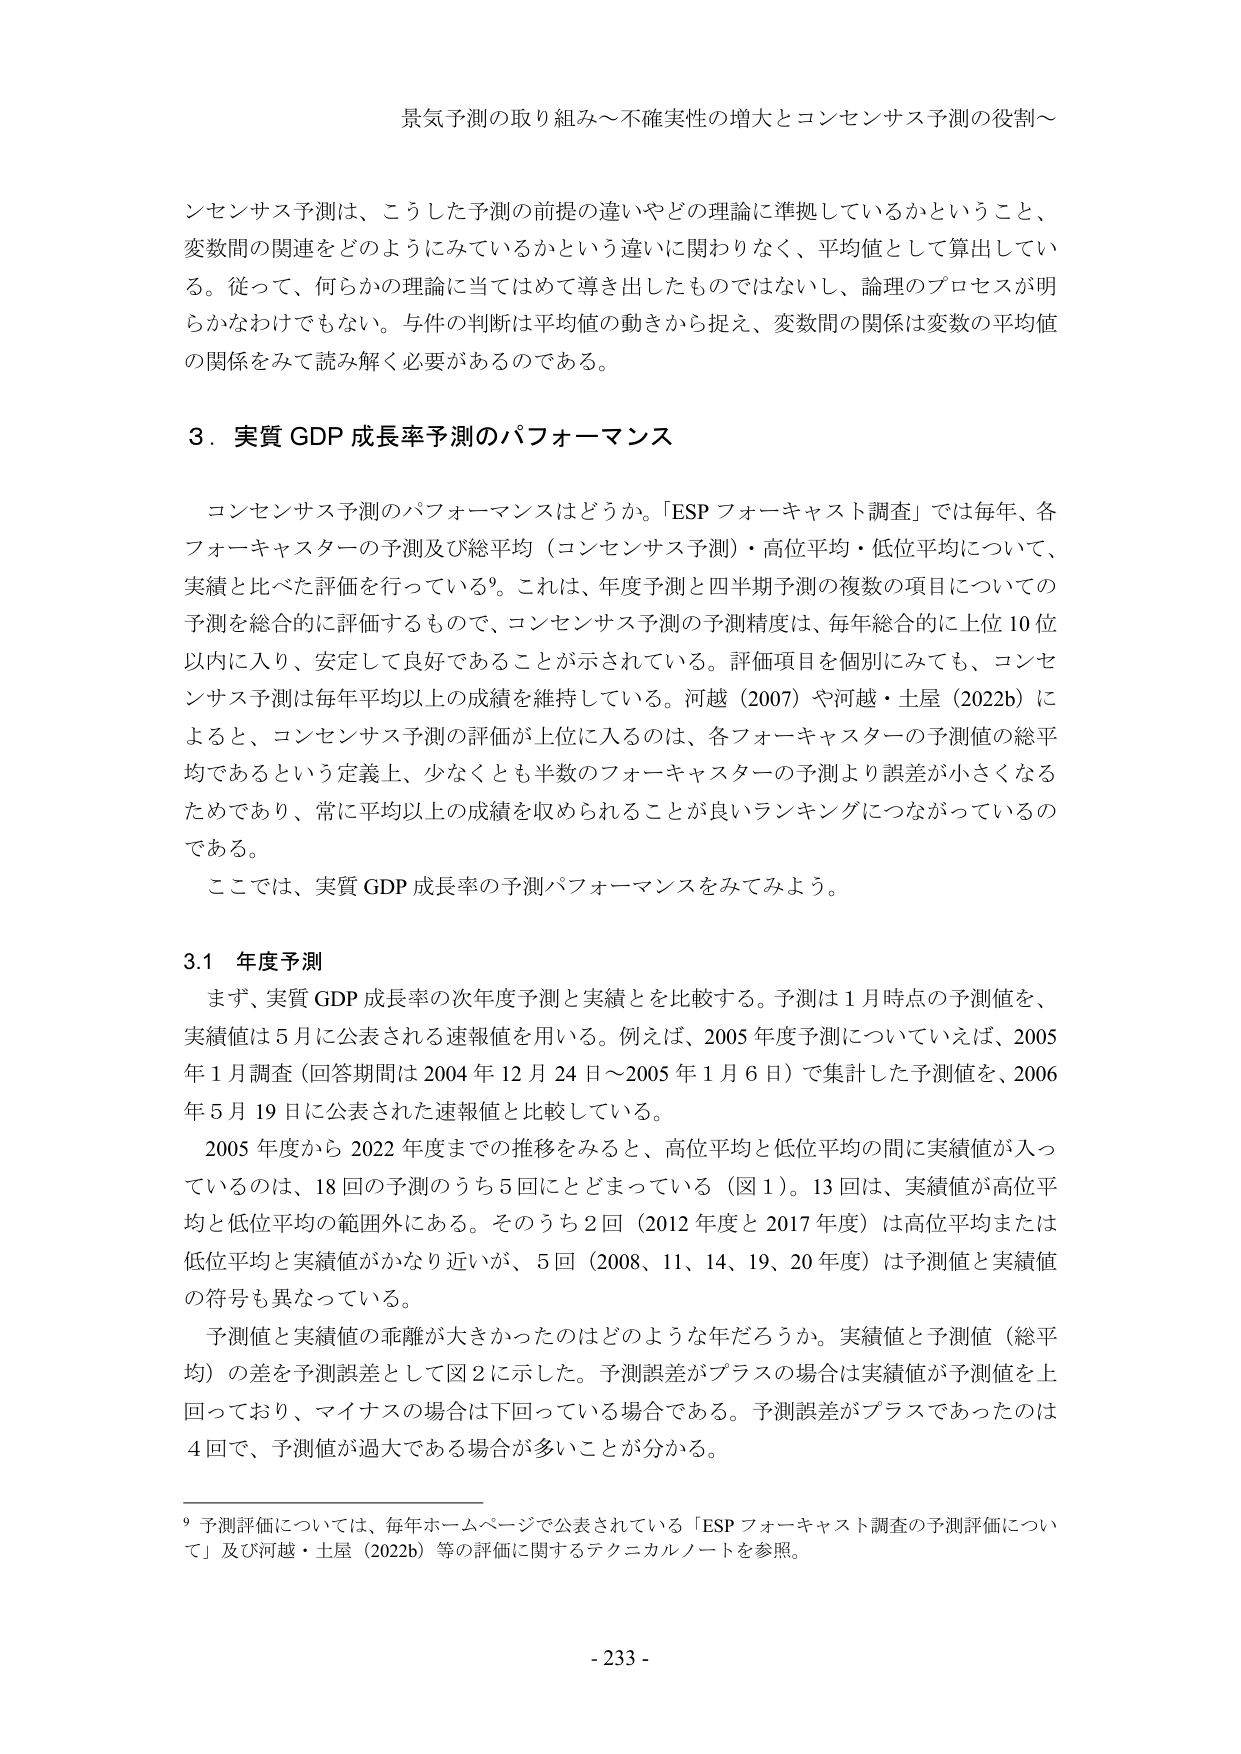
景気予測の取り組み～不確実性の増大とコンセンサス予測の役割～

ンセンサス予測は、こうした予測の前提の違いやどの理論に準拠しているかということ、
変数間の関連をどのようにみているかという違いに関わりなく、平均値として算出している。従って、何らかの理論に当てはめて導き出したものではないし、論理のプロセスが明らかなかわけでもない。与件の判断は平均値の動きから捉え、変数間の関係は変数の平均値の関係をみて読み解く必要があるのである。

3．実質 GDP 成長率予測のパフォーマンス

コンセンサス予測のパフォーマンスはどうか。「ESP フォーキャスト調査」では毎年、各フォーキャスターの予測及び総平均（コンセンサス予測）・高位平均・低位平均について、実績と比べた評価を行っている⁹。これは、年度予測と四半期予測の複数の項目についての予測を総合的に評価するもので、コンセンサス予測の予測精度は、毎年総合的に上位10位以内に入り、安定して良好であることが示されている。評価項目を個別にみても、コンセンサス予測は毎年平均以上の成績を維持している。河越（2007）や河越・土屋（2022b）によると、コンセンサス予測の評価が上位に入るのとは、各フォーキャスターの予測値の総平均であるという定義上、少なくとも半数のフォーキャスターの予測より誤差が小さくなるためであり、常に平均以上の成績を収められることが良いランキングにつながっているのである。
ここでは、実質 GDP 成長率の予測パフォーマンスを見てみよう。

3.1 年度予測

まず、実質 GDP 成長率の次年度予測と実績とを比較する。予測は1月時点の予測値を、実績値は5月に公表される速報値を用いる。例えば、2005年度予測についていえば、2005年1月調査（回答期間は2004年12月24日～2005年1月6日）で集計した予測値を、2006年5月19日に公表された速報値と比較している。
2005年度から2022年度までの推移をみると、高位平均と低位平均の間に実績値が入っているのは、18回の予測のうち5回にとどまっている（図1）。13回は、実績値が高位平均と低位平均の範囲外にある。そのうち2回（2012年度と2017年度）は高位平均または低位平均と実績値がかなり近いが、5回（2008、11、14、19、20年度）は予測値と実績値の符号も異なっている。
予測値と実績値の乖離が大きかったのはどのような年だろうか。実績値と予測値（総平均）の差を予測誤差として図2に示した。予測誤差がプラスの場合は実績値が予測値を上回っており、マイナスの場合は下回っている場合である。予測誤差がプラスであったのは4回で、予測値が過大である場合が多いことが分かる。

⁹ 予測評価については、毎年ホームページで公表されている「ESP フォーキャスト調査の予測評価について」及び河越・土屋（2022b）等の評価に関するテクニカルノートを参照。

- 233 -